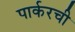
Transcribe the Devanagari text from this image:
पार्करची